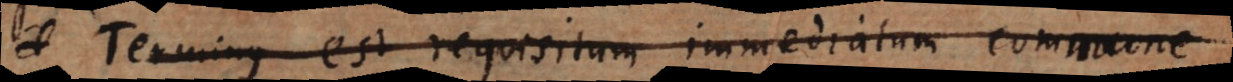
Terminus est requisitum immediatum commune